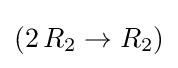
(2\,R_{2}\to R_{2})